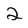
Character: 2